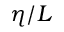
\eta / L